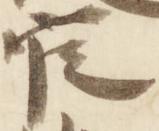
官